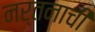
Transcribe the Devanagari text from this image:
नर्तनाची